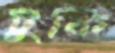
টুকি